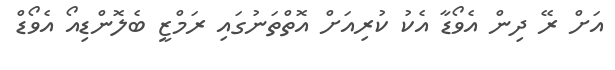
އަށް ރޭ ދިން އެވޯޑާ އެކު ކުރިއަށް އޮތްތަނުގައި ރަމްޒީ ބެލޮންޑިއޯ އެވޯޑް